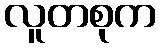
လူတစုက